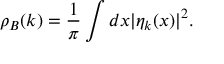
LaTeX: \rho _ { B } ( k ) = \frac { 1 } { \pi } \int d x | \eta _ { k } ( x ) | ^ { 2 } .